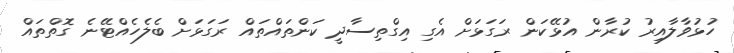
ހުޅުވާލާއިރު ކުރާން އުޅޭކަން ރަގަޅަށް އެގި އިގްތިސާދީ ކަންތައްތައް ރަގަޅަށް ބެލެހެއްޓޭނެ ގޮތްތައް